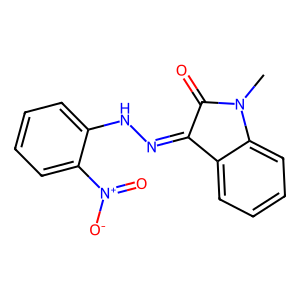
SMILES: CN1C(=O)C(=NNc2ccccc2[N+](=O)[O-])c2ccccc21
Inhibits HIV replication: No